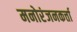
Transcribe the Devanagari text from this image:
मनोरंजनकर्त्ता